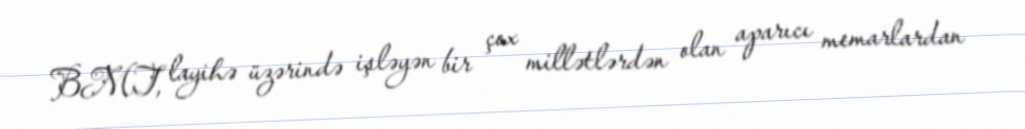
BMT, layihə üzərində işləyən bir çox millətlərdən olan aparıcı memarlardan